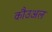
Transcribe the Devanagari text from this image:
कौउअल